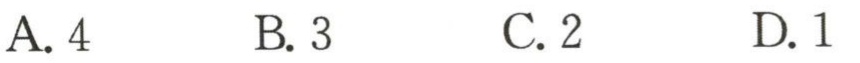
A. 4  B. 3  C. 2  D. 1